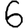
Digit: 6